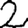
Digit: 2